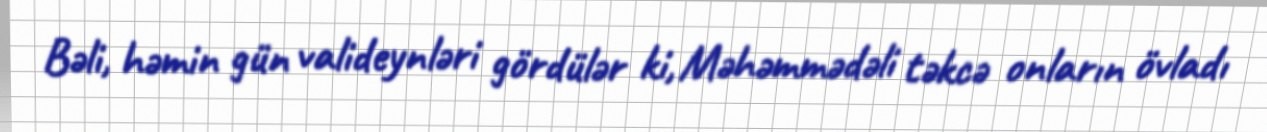
Bəli, həmin gün valideynləri gördülər ki, Məhəmmədəli təkcə onların övladı